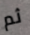
ثم